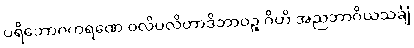
ပရိဘောဂကရဏေ ဝလိပလိတာဒိဘာဝဉ္စ ဂိဟိ အညဘာဂိယသင်္ချံ